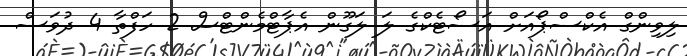
ލިވިންގް އެކްސްޕޯއަށް އަސޯޓެކްގެ ލަ ލަގޫން އެޕާޓްމެންޓްސް 2 ހަފްތާ 4 ދުވަސް